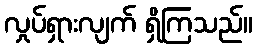
လှုပ်ရှားလျက် ရှိကြသည်။